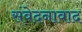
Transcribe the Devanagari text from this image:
संवेदनावाद